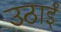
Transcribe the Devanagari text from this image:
उठाईं